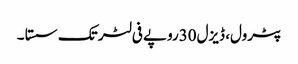
﻿ پٹرول، ڈیزل30روپے فی لٹر تک سستا ۔